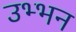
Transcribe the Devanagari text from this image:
उभ्भन